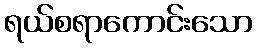
ရယ်စရာကောင်းသော